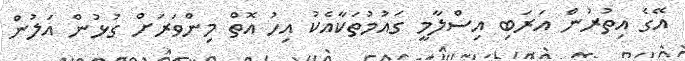
އޭގެ އިތުރުން އަރަބި އިސްލާމީ ގައުމުތަކާއެކު އިހު އޮތް މިންވަރަށް ގުޅުން އަލުން